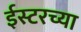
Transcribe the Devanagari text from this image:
ईस्टरच्या